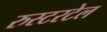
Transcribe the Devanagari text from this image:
रुस्टरटेल